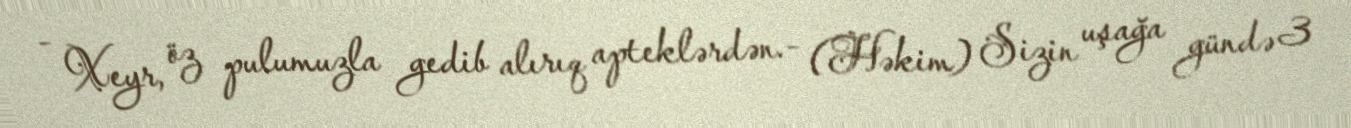
- Xeyr, öz pulumuzla gedib alırıq apteklərdən.- (Həkim) Sizin uşağa gündə 3